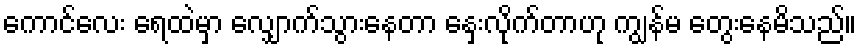
ကောင်လေး ရေထဲမှာ လျှောက်သွားနေတာ နှေးလိုက်တာဟု ကျွန်မ တွေးနေမိသည်။